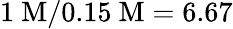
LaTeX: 1~\mathrm{M}/0.15~\mathrm{M}=6.67